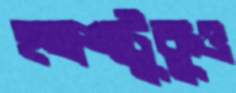
হতাশাটুকুও